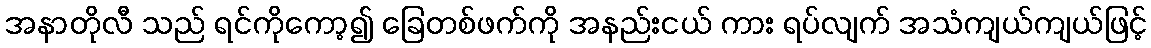
အနာတိုလီ သည် ရင်ကိုကော့၍ ခြေတစ်ဖက်ကို အနည်းငယ် ကား ရပ်လျက် အသံကျယ်ကျယ်ဖြင့်